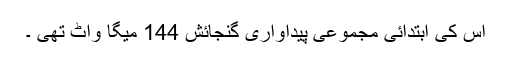
اس کی ابتدائی مجموعی پیداواری گنجائش 144 میگا واٹ تھی ۔